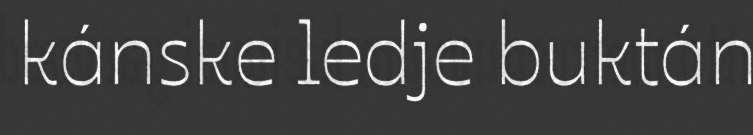
kánske ledje buktán